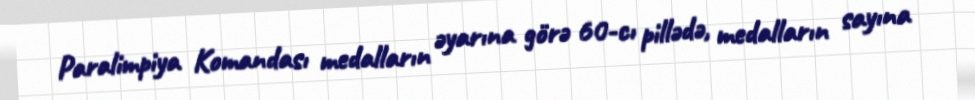
Paralimpiya Komandası medalların əyarına görə 60-cı pillədə, medalların sayına